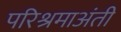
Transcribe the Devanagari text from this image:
परिश्रमाअंती